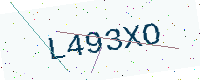
Text: L493XO